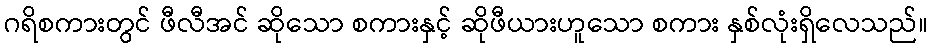
ဂရိစကားတွင် ဖီလီအင် ဆိုသော စကားနှင့် ဆိုဖီယားဟူသော စကား နှစ်လုံးရှိလေသည်။